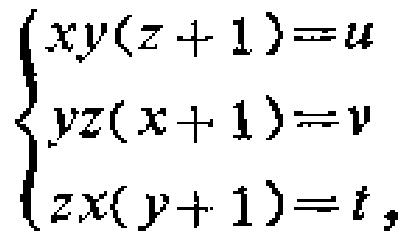
\[

\begin{cases}

xy(z + 1)=u\\

yz(x + 1)=v\\

zx(y + 1)=t,

\end{cases}

\]